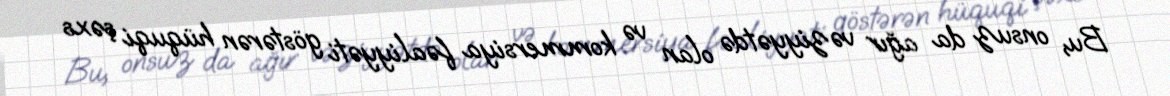
Bu, onsuz da ağır vəziyyətdə olan və kommersiya fəaliyyəti göstərən hüquqi şəxs